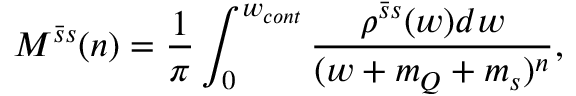
{ \cal M } ^ { \bar { s } s } ( n ) = \frac { 1 } { \pi } \int _ { 0 } ^ { w _ { c o n t } } \frac { \rho ^ { \bar { s } s } ( w ) d w } { ( w + m _ { Q } + m _ { s } ) ^ { n } } ,